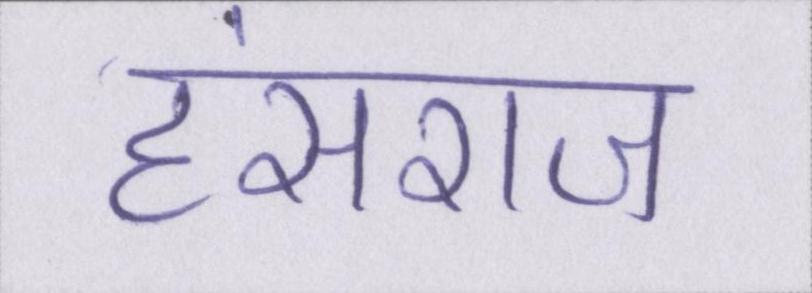
हंसराज